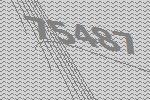
75487